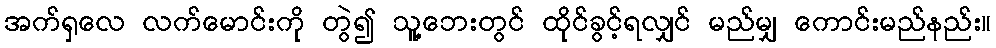
အက်ရှလေ လက်မောင်းကို တွဲ၍ သူ့ဘေးတွင် ထိုင်ခွင့်ရလျှင် မည်မျှ ကောင်းမည်နည်း။